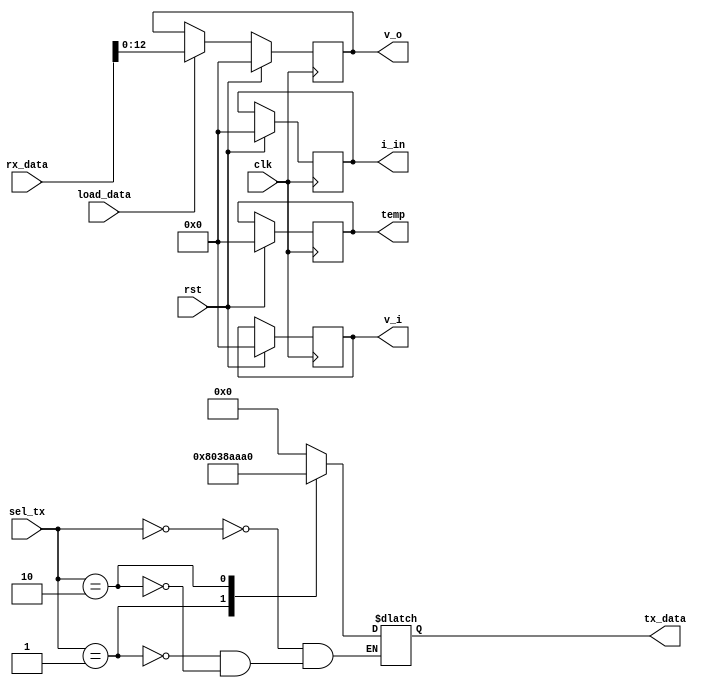
module adc_dp
(
    input clk, //10 MHZ clk
    input rst,

    //com w/ adc_cntrl
    input [1:0] sel_tx,
    input load_data,

    //sampled data
    output reg [12:0] v_i,
    output reg [12:0] v_o,
    output reg [12:0] temp,
    output reg [12:0] i_in,

    //com w/ spi_master
    input [15:0] rx_data,
    output [15:0] tx_data
);

//default config values for adc registers
localparam [15:0]
    //CONTROL_REG = 16'b1000110000111000, if reading the whole range
    CONTROL_REG = 16'b1000000000111000,    //only reeading Vo 
    RANGE_REG   = 16'b1010101010100000;

always@(*) begin
    case(sel_tx)
        2'd0: tx_data = 16'd0; //not writing anything
        2'd1: tx_data = CONTROL_REG;
        2'd2: tx_data = RANGE_REG;
    endcase
end


//loading on clk edge
always@(posedge clk) begin
    if(rst) begin
        v_o  <= 13'd0;
        temp <= 13'd0;
        i_in <= 13'd0;
        v_i  <= 13'd0;
    end
    else begin
        if(load_data) begin
            v_o  <= rx_data[12:0]; 
            //temp <= rx_data[12:0]; 
            //i_in <= rx_data[12:0]; 
            //v_i  <= rx_data[12:0]; 
        end
    end
end

//loading on busy neg edge
// always@(negedge busy, posedge rst) begin
//     if(rst) begin
//         v_o  <= 13'd0;
//         temp <= 13'd0;
//         i_in <= 13'd0;
//         v_i  <= 13'd0;
//     end
//     else begin
//         v_o  <= rx_data[12:0]; 
//         //temp <= rx_data[12:0]; 
//         //i_in <= rx_data[12:0]; 
//         //v_i  <= rx_data[12:0]; 
//         end
//     end
// end

endmodule